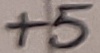
Text: +5